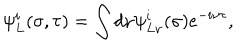
\psi _ { L } ^ { i } ( \sigma , \tau ) = \int d \nu \psi _ { L \nu } ^ { i } ( \sigma ) e ^ { - i \nu \tau } ,